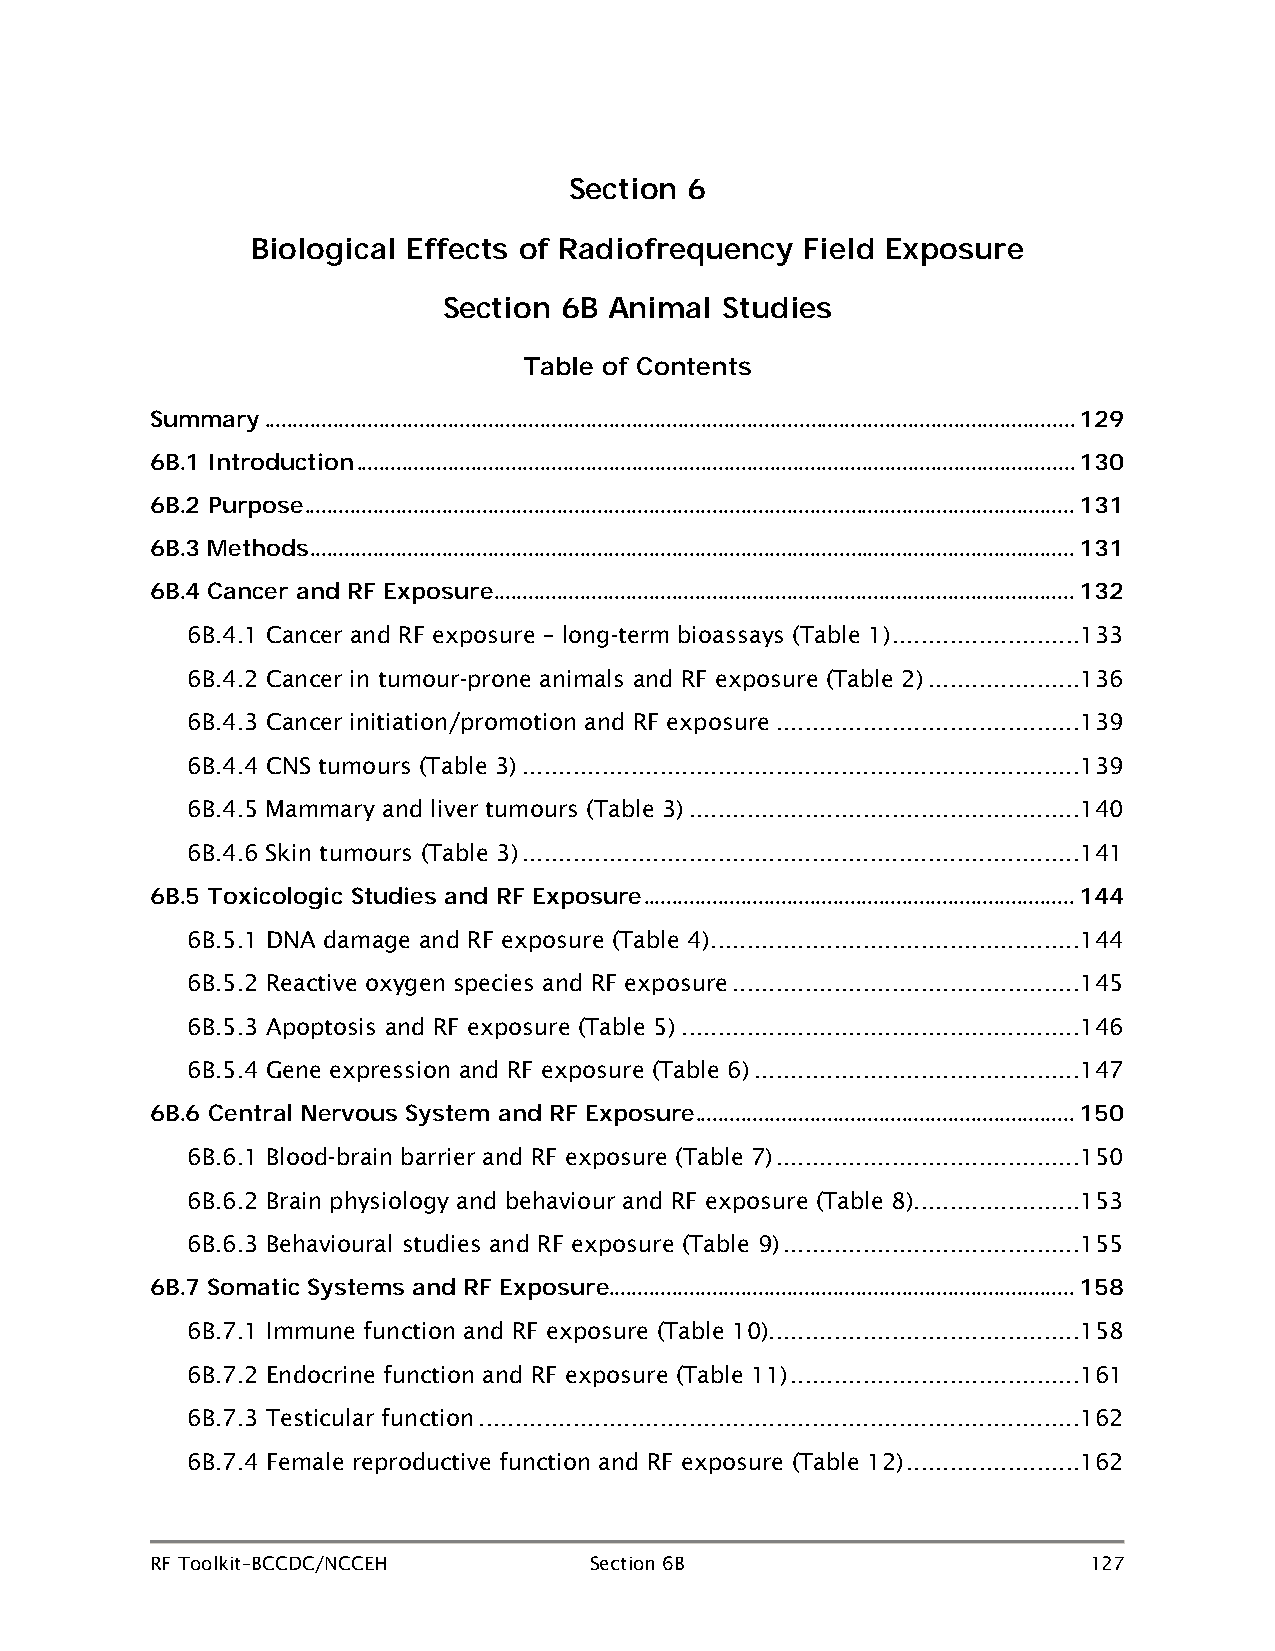
Section 6
 Biological Effects of Radiofrequency Field Exposure
 Section 6B Animal  Studies
 Table of Contents
 Summary ............................................................................................................................................. 129
 6B.1 Introduction ............................................................................................................................. 130
 6B.2 Purpose ...................................................................................................................................... 131
 6B.3 Methods ..................................................................................................................................... 131
 6B.4 Cancer and RF Exposure ..................................................................................................... 132
 6B.4.1 Cancer and RF exposure – long-term bioassays (Table 1) .......................... 133
 6B.4.2 Cancer in tumour-prone animals and RF exposure (Table 2) ..................... 136
 6B.4.3 Cancer initiation/promotion and RF exposure .......................................... 139
 6B.4.4 CNS tumours (Table 3) ............................................................................. 139
 6B.4.5 Mammary and liver tumours (Table 3) ...................................................... 140
 6B.4.6 Skin tumours (Table 3) ............................................................................. 141
 6B.5 Toxicologic Studies and RF Exposure ........................................................................... 144
 6B.5.1 DNA damage and RF exposure (Table 4) ................................................... 144
 6B.5.2 Reactive oxygen species and RF exposure ................................................ 145
 6B.5.3 Apoptosis and RF exposure (Table 5) ....................................................... 146
 6B.5.4 Gene expression and RF exposure (Table 6) ............................................. 147
 6B.6 Central Nervous System and RF Exposure .................................................................. 150
 6B.6.1 Blood-brain barrier and RF exposure (Table 7) .......................................... 150
 6B.6.2 Brain physiology and behaviour and RF exposure (Table 8) ....................... 153
 6B.6.3 Behavioural studies and RF exposure (Table 9) ......................................... 155
 6B.7 Somatic Systems and RF Exposure ................................................................................. 158
 6B.7.1 Immune function and RF exposure (Table 10)........................................... 158
 6B.7.2 Endocrine function and RF exposure (Table 11) ........................................ 161
 6B.7.3 Testicular function ................................................................................... 162
 6B.7.4 Female reproductive function and RF exposure (Table 12) ........................ 162
 RF Toolkit–BCCDC/NCCEH       Section 6B                       127